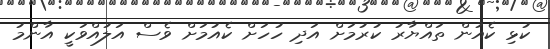
ކުޅި ކެއުން ތައްޔާރު ކުރުމަށް އަދި ހުހަށް ކެއުމަށް ވެސް އަލުއްވަކީ އާންމު